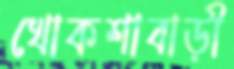
খোকশাবাড়ী